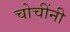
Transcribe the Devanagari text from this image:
चोचींनी